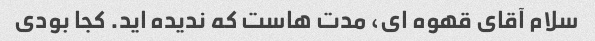
سلام آقای قهوه ای، مدت هاست که ندیده اید. کجا بودی